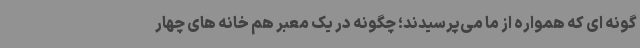
گونه ای که همواره از ما می‌پرسیدند؛ چگونه در یک معبر هم خانه های چهار